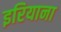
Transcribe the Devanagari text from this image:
इरियाना